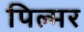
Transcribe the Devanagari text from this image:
पिल्मर